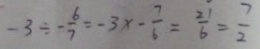
- 3 \div - \frac { 6 } { 7 } = - 3 x - \frac { 7 } { 6 } = \frac { 2 1 } { 6 } = \frac { 7 } { 2 }